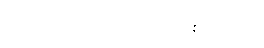
၆။ ကုဒြုသက = လူးစပါးမျိုး၊